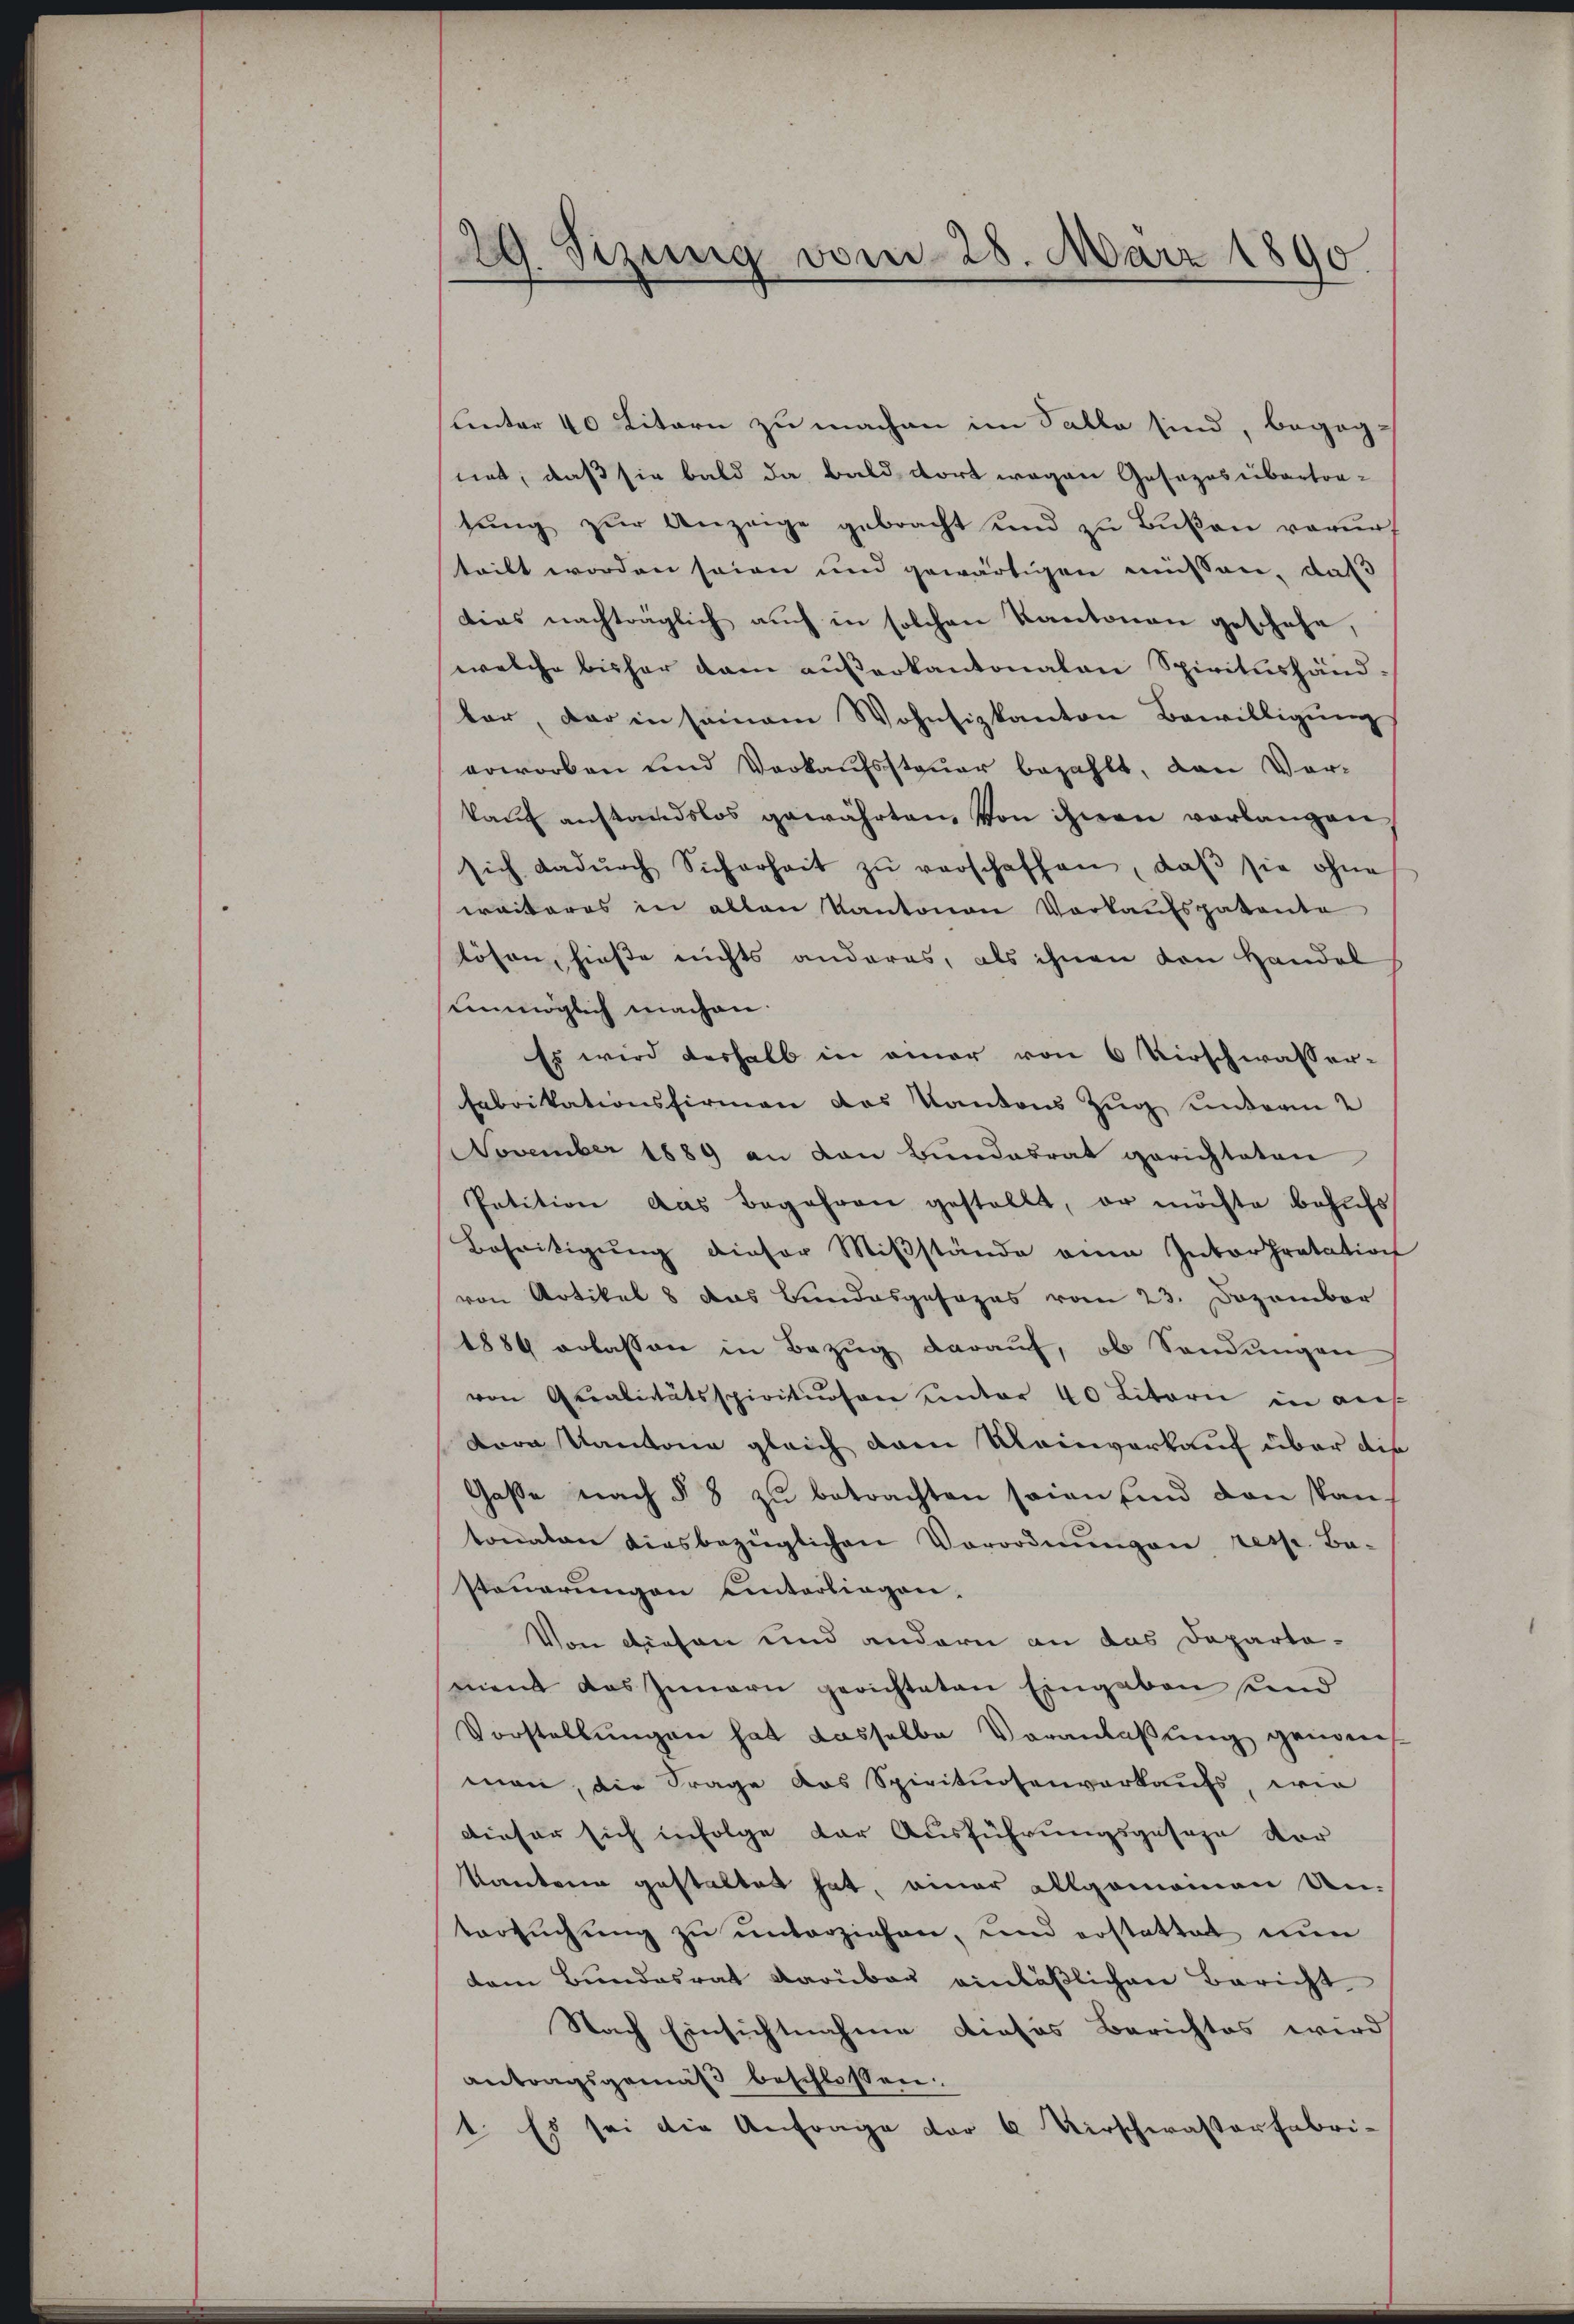
29. Sizung vom 28. März 1890

unter 40 Litern zu machen im Falle sind, begog-
net, daß sie bald da bald dort wegen Gasazoseibertra-
tŭng zŭr Anzeige gebracht und zu Bußen verurt
teilt worden seien und gewärtigen müssen, daß
dias nachträglich auch in solchen Kantonen geschehe,
welche bisher dam außerkantonalen Spiritushänd-
bar, der in seinem Wohnsizkanton Bewilligung
orworben und Verkaŭfssteŭer bezahlt, den Vor-
kauf anstandslos gewährten, von ihnen vorlangen
sich dadŭrch Sicherheit zŭ verschaffen, daβ sie ohne
weiteres in alten Kantonen Vorkaufspatente
lösen, hiese nichts anderes, als ihnen von Handel
unmöglich machen.
Es wird deshalb in einer von 6 Virschwasser-
Fabrikationsfirmen des Kantons Zug unterm 2
November 1889 an von Bundesrat gerichteten
Petition das Begehren gestellt, er möchte behufs
Beseitigŭng dieser Miβstände eine Interpretation
von Artikel 8 das Bundesgesopas vom 23. Dezember
1884 erlassen in Bezŭg daraŭf, ob Sandŭngen
von Qualitätsspirituosen unter 40 Litern in an
Bora Kantone gleich dem Meinverkauf über die
Gasse nach § 8 zu betrachten seien sind den stan-
tonaten diesbezüglichen Vorordnŭngen resp. Ba-
steŭerŭngen unterliegen.
Von diesen und andern an das Departanient das Innern gerichteten Eingaben und
Vorstellungen hat dasselbe Veranlaßung genom
man, die Frage das Spirituosenverkaufs, wie
dieser sich infolge der Ausführungsgeseze vor
Kantone gestaltet hat, einer allgemeinen Un-
tersŭchŭng zŭ ŭnterziehen, und erstattet nen
dem Bundesrat darüber einläßlichen Bericht
Nach Einsichtnahme dieses Berichtes wird
antragsgemäß beschlossen.
1. Es sei die Anfrage vor 6 Kirscherasserfabri-